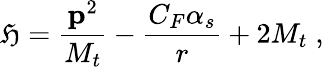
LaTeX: \mathfrak{H}={\frac{{\mathbf{p}^{2}}}{{M_{t}}}}-{\frac{{C_{F}\alpha_{s}}}{{r}}}+2M_{t}\; ,